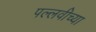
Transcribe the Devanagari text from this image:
पल्लवीच्या